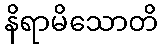
နိရာမိသောတိ